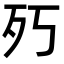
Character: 㱙